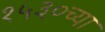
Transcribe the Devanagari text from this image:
१५३०च्या